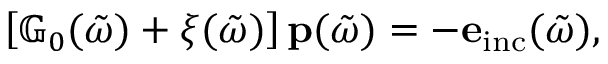
\begin{array} { r } { \left[ \mathbb { G } _ { 0 } ( \tilde { \omega } ) + \xi ( \tilde { \omega } ) \right] \mathbf { p } ( \tilde { \omega } ) = - \mathbf { e } _ { \mathrm { i n c } } ( \tilde { \omega } ) , } \end{array}